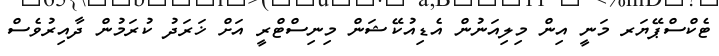
ޓެކްސްޕޭޔަރ މަނީ އިން މިލިއަނުން އެޑިއުކޭޝަން މިނިސްޓްރީ އަށް ޚަރަދު ކުރަމުން ދާއިރުވެސް